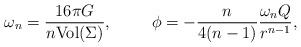
LaTeX: \begin{align*}\omega_n=\frac{16\pi G}{n\mbox {Vol}(\Sigma)},\hspace{1cm}\phi=-\frac{n}{4(n-1)}\frac{\omega_n Q}{r^{n-1}},\end{align*}